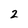
Character: 2